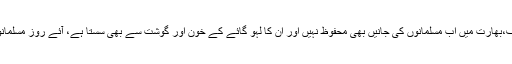
سنگ و خِشت کی عمارتیں تو رہیں ایک طرف،بھارت میں اب مسلمانوں کی جانیں بھی محفوظ نہیں اور ان کا لہو گائے کے خون اور گوشت سے بھی سستا ہے، آئے روز مسلمانوں کو جرم بے گناہی میں قتل کیا جا رہا ہے۔